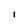
Character: I